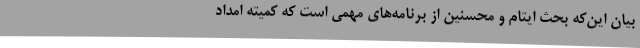
بیان این‌که بحث ایتام‌ و محسنین از برنامه‌های مهمی است که کمیته امداد